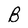
Character: B